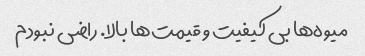
میوه‌ها بی کیفیت و قیمت‌ها بالا. راضی نبودم